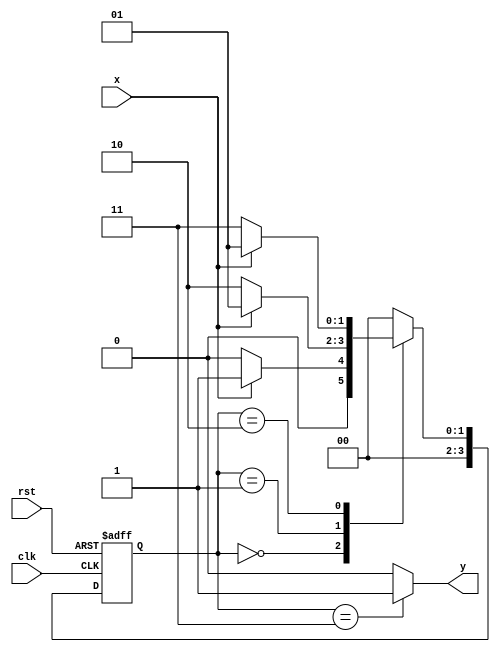
module mealy_sequence_detector_nol(input clk, rst, x, output y);
  parameter A = 2'b00;
  parameter B = 2'b01;
  parameter C = 2'b10;
  parameter D = 2'b11;
  
  reg [3:0] ps, ns;
  always @(posedge clk or negedge rst) begin
    if(!rst) begin 
      ps <= A;
    end
    else ps <= ns;
  end
  
  always @(ps or x) begin
    case(ps)
      A: begin
           if(x == 0) ns = A;
           else       ns = B;
         end
      B: begin
           if(x == 0) ns= C;
           else       ns= B;
         end
      C: begin
           if(x == 0) ns = D;
           else       ns = B;
         end
      D: begin
        if(x == 0)    ns = A; //This state only differs when compared with Mealy Overlaping Machine
           else       ns = A;
         end
      default: ns = A;
    endcase
  end
  assign y = (ps == D)? 1:0;
endmodule